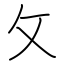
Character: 攵